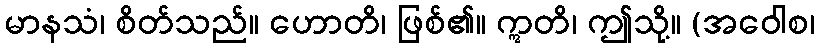
မာနသံ၊ စိတ်သည်။ ဟောတိ၊ ဖြစ်၏။ ဣတိ၊ ဤသို့။ (အဝေါစ၊